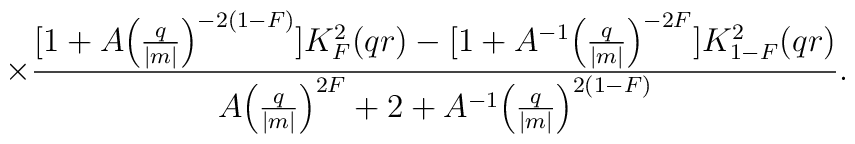
\times\frac{[1 + A{\Bigl(\frac{q}{|m|}\Bigr)}^{-2(1-F)}]K^{2}_{F}(qr) - [1 +A^{-1}{\Bigl(\frac{q}{|m|}\Bigr)}^{-2F}]K^{2}_{1-F}(qr)}{A{ \Bigl(\frac{q}{|m|}\Bigr)}^{2F} + 2 + A^{-1}{ \Bigl(\frac{q}{|m|}\Bigr)}^{2(1-F)}}.